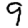
Digit: 9